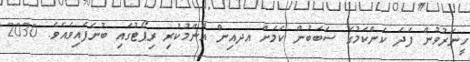
ހީނަރުވުން ފަދަ ކަންކަމުގެ ސަބަބުން ކަމަށް އދއިން އާންމުކުރި ރިޕޯޓުގައި ބުނެފައިވެއެވެ. 2030